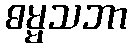
ဓမ္မသဘာ